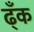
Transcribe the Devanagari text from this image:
ढ्ँक